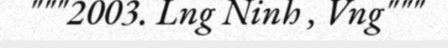
"""2003. Lng Ninh , Vng"""